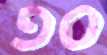
ספ